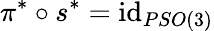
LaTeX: \pi^{*}\circ s^{*}=\mathrm{id}_{PSO(3)}